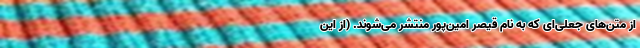
از متن‌های جعلی‌ای که به نام قیصر امین‌پور منتشر می‌شوند. (از این